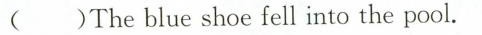
( )The blue shoe fell into the pool.